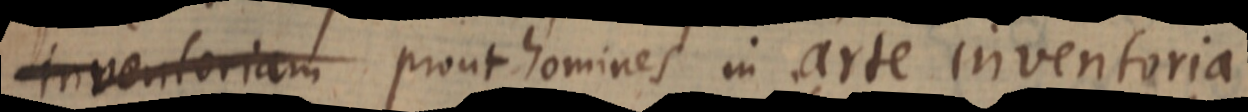
inventoriam prout homines in arte inventoria